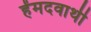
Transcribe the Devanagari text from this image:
हेंमदवाथी